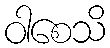
ဝါစေသိ